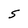
Character: S